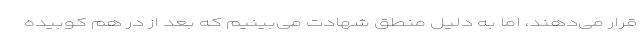
قرار می‌دهند، اما به دلیل منطق شهادت می‌بینیم که بعد از در هم کوبیده